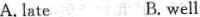
A. late B. well